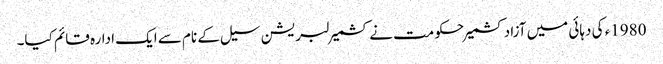
1980ء کی دہائی میں آزادکشمیر حکومت نے کشمیر لبریشن سیل کے نام سے ایک ادارہ قائم کیا۔